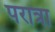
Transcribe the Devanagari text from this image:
परात्रा